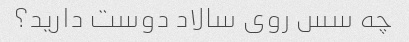
چه سس روی سالاد دوست دارید؟